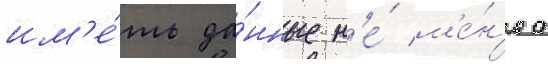
им'е́ть да́нные н'е́ м'е́н'ее